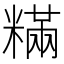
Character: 䊟